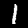
Label: 1